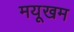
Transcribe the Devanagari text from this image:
मयूखम